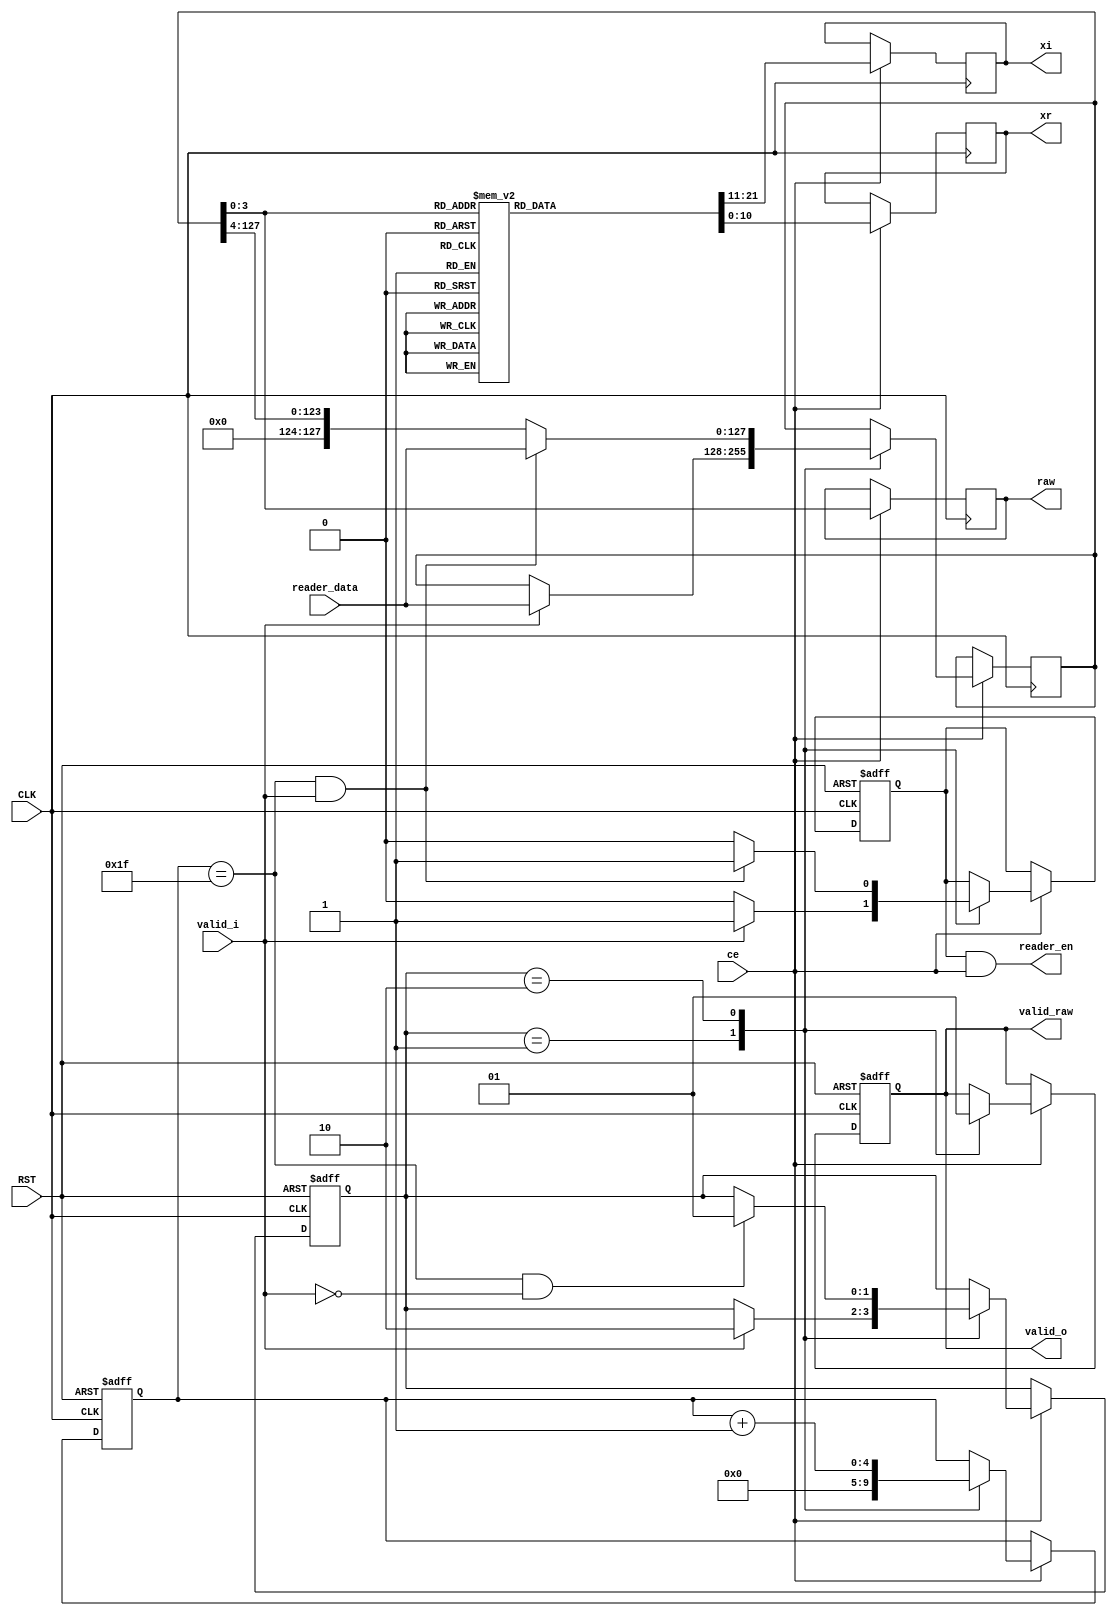

module iqmap_16qam
  (
   input             CLK,
   input             RST,

   input             ce,
   
   input             valid_i,
   input [127:0]     reader_data,
   output            reader_en,

   output reg [10:0] xr,
   output reg [10:0] xi,
   output reg        valid_o,

   output            valid_raw,
   output reg [3:0]  raw
   );
   
`define SW 2
   localparam s_idle = `SW'b01;
   localparam s_active = `SW'b10;
   reg [`SW-1:0] state;
`undef SW

   reg [127:0]   d;

   localparam counter_top = 5'd31;
   reg [4:0]     counter;

   reg           reader_en_r;

   assign reader_en = reader_en_r & ce;
   
   localparam p3 =  11'sd6;
   localparam p1 =  11'sd2;
   localparam m1 = -11'sd2;
   localparam m3 = -11'sd6;

   wire          fin = counter == counter_top && !valid_i;
   wire          next_chunk = counter == counter_top && valid_i;

   assign valid_raw = valid_o;

   always @(posedge CLK or negedge RST)
     if (!RST) begin
        state <= s_idle;
     end else begin
        if (ce)
          case (state)
            s_idle: 
              if (valid_i)
                state <= s_active;

            s_active:
              if (fin)
                state <= s_idle;

            default:;
          endcase
     end

   always @(posedge CLK)
     if (ce)
       case (state)
         s_idle:
           if (valid_i)
             d <= reader_data;

         s_active:
           if (next_chunk)
             d <= reader_data;
           else
             d <= {4'b0, d[127:4]};
         
         default: ;
       endcase

   always @(posedge CLK or negedge RST)
     if (!RST) begin
        counter <= 5'd0;
     end else begin
        if (ce)
          case (state)
            s_idle:
              counter <= 5'd0;
            
            s_active: 
              counter <= counter + 5'd1;

            default: ;
          endcase
     end // else: !if(!RST)

   always @(posedge CLK)
     if (ce)
       raw <= d[3:0];

   always @(posedge CLK)
     if (ce)
       case (d[3:0])
         4'd0: begin
            xr <= m1;
            xi <= m1;
         end
         4'd1: begin
            xr <= m1;
            xi <= m3;
         end
         4'd2: begin
            xr <= m3;
            xi <= m1;
         end
         4'd3: begin
            xr <= m3;
            xi <= m3;
         end
         4'd4: begin
            xr <= m1;
            xi <= p1;
         end
         4'd5: begin
            xr <= m1;
            xi <= p3;
         end
         4'd6: begin
            xr <= m3;
            xi <= p1;
         end
         4'd7: begin
            xr <= m3;
            xi <= p3;
         end
         4'd8: begin
            xr <= p1;
            xi <= m1;
         end
         4'd9: begin
            xr <= p1;
            xi <= m3;
         end
         4'd10: begin
            xr <= p3;
            xi <= m1;
         end
         4'd11: begin
            xr <= p3;
            xi <= m3;
         end
         4'd12: begin
            xr <= p1;
            xi <= p1;
         end
         4'd13: begin
            xr <= p1;
            xi <= p3;
         end
         4'd14: begin
            xr <= p3;
            xi <= p1;
         end
         4'd15: begin
            xr <= p3;
            xi <= p3;
         end
         default:
           ;
       endcase // case (d[1:0])
              
   always @(posedge CLK or negedge RST)
     if (!RST) begin
        valid_o <= 1'b0;
     end else begin
        if (ce)
          case (state)
            s_idle: 
              valid_o <= 1'b0;

            s_active:
              valid_o <= 1'b1;
            
            default: ;
          endcase
     end // else: !if(!RST)

   always @(posedge CLK or negedge RST)
     if (!RST) begin
        reader_en_r <= 1'b0;
     end else begin
        if (ce)
          case (state)
            s_idle: 
              if (valid_i)
                reader_en_r <= 1'b1;
              else
                reader_en_r <= 1'b0;

            s_active:
              if (next_chunk)
                reader_en_r <= 1'b1;
              else
                reader_en_r <= 1'b0;

            default: ;
          endcase
     end

endmodule